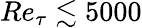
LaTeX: Re_{\tau}\lesssim 5000